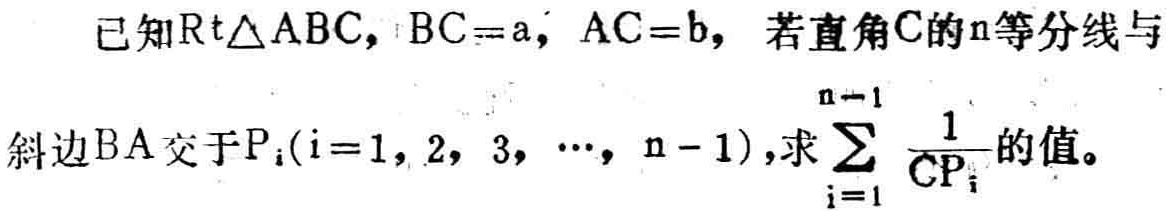
已知$\mathrm{Rt}\triangle ABC$，$BC = a$，$AC = b$，若直角$C$的$n$等分线与斜边$BA$交于$P_{i}(i = 1,2,3,\cdots,n - 1)$，求$\sum_{i = 1}^{n - 1}\frac{1}{CP_{i}}$的值。